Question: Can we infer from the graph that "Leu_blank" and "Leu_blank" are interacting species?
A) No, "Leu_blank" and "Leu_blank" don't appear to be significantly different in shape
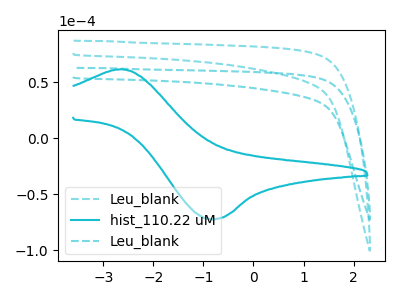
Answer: <think>The cyan dashed curve "Leu_blank" has no peaks. The cyan curve "hist_110.22 uM" has an anodic peak at (-2.65V, 61.80uA) and a cathodic peak at (-0.80V, -72.10uA). The cyan dashed curve "Leu_blank" has no peaks.
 Neither "Leu_blank" or "Leu_blank" have any peaks.</think>
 <answer>A) No, "Leu_blank" and "Leu_blank" don't appear to be significantly different in shape</answer>
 <eval>A</eval>